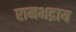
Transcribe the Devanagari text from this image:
रामभद्राय